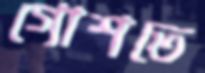
গোশতে